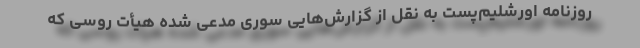
روزنامه اورشلیم‌پست به نقل از گزارش‌هایی سوری مدعی شده هیأت روسی که